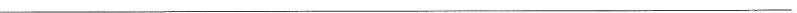
___